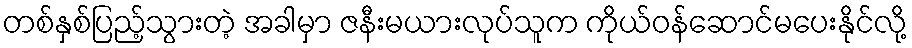
တစ်နှစ်ပြည့်သွားတဲ့ အခါမှာ ဇနီးမယားလုပ်သူက ကိုယ်ဝန်ဆောင်မပေးနိုင်လို့